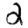
Digit: 2